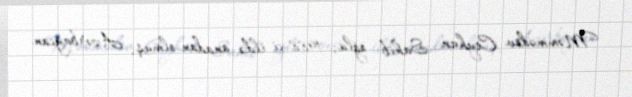
Məmmədov Ceyhun Sahib oğlu, 1988-ci ildə anadan olmuş, Azərbaycan